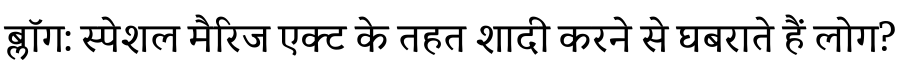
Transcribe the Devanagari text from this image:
ब्लॉग: स्पेशल मैरिज एक्ट के तहत शादी करने से घबराते हैं लोग?